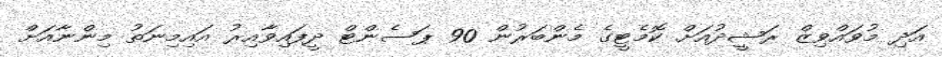
އަދި މުވައްވިޒް ރަޝީދުއަށް ކޮމެޓީގެ މެންބަރުން 90 ޕަސެންޓް ދީފައިވާއިރު އައިމިނަތު މިންނާއަށް